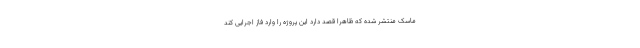
ماسک منتشر شده که ظاهرا قصد دارد این پروژه را وارد فاز اجرایی کند